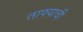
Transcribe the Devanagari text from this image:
ताफ्याची